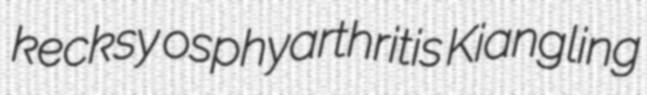
kecksy osphyarthritis Kiangling